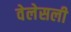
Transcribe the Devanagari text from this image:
वेलेसली